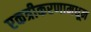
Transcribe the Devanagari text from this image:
एकत्रीकरणामधून